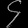
Digit: ၄